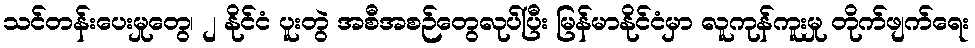
သင်တန်းပေးမှုတွေ၊ ၂ နိုင်ငံ ပူးတွဲ အစီအစဉ်တွေလုပ်ပြီး မြန်မာနိုင်ငံမှာ လူကုန်ကူးမှု တိုက်ဖျက်ရေး